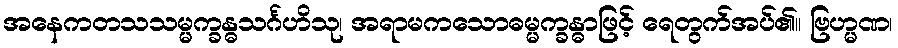
အနေကတသသမ္မက္ခန္ဓသင်္ဂဟိသု၊ အရာမကသောဓမ္မက္ခန္ဓာဖြင့် ရေတွက်အပ်၏။ ဗြဟ္မဏ၊